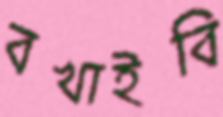
বখাইবি